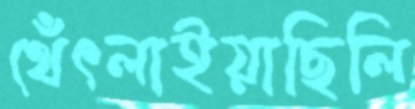
থেঁৎলাইয়াছিলি